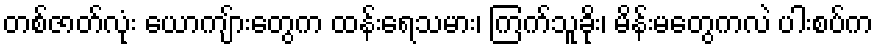
တစ်ဇာတ်လုံး ယောကျ်ားတွေက ထန်းရေသမား၊ ကြက်သူခိုး၊ မိန်းမတွေကလဲ ပါးစပ်က